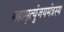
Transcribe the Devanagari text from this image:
महामृत्युंजयमंत्रस्य